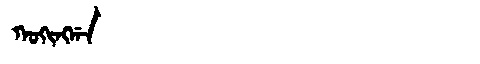
Manchu: ᡴᠣᡴᡳᠩᡤᠠ
Romanization: KOKINGGA